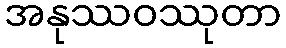
အနုဿဝဿုတာ